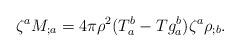
LaTeX: \begin{align*}\zeta^a M_{;a} = 4\pi\rho^2 (T_a^b - T g_a^b) \zeta^a \rho_{;b}.\end{align*}